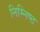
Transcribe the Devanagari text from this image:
निम्निष्ठ